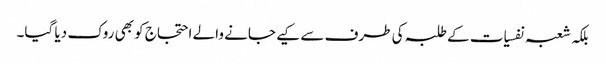
بلکہ شعبہ نفسیات کے طلبہ کی طرف سے کیے جانے والے احتجاج کو بھی روک دیا گیا۔